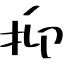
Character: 抑